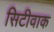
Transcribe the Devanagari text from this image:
सिटीवाक